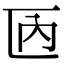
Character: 𠥮